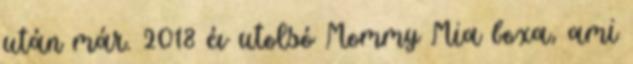
után már. 2018 év utolsó Mommy Mia boxa, ami